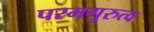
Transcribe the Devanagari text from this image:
परमगुरुत्व